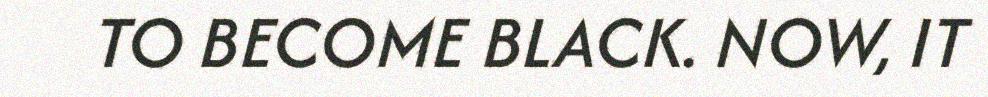
TO BECOME BLACK. NOW, IT